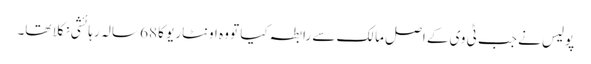
پولیس نے جب ٹی وی کے اصل مالک سے رابطہ کیا تو وہ اونٹاریو کا 68 سالہ رہائشی نکلا تھا۔